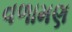
વળામણ